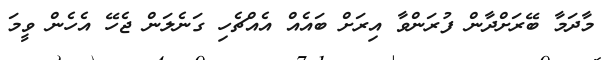
މާދަމާ ބޭރަށްދާން ފުރަންވާ އިރަށް ބައެއް އެއްޗެހި ގަނެލަން ޖެހޭ އެހެން ވީމަ